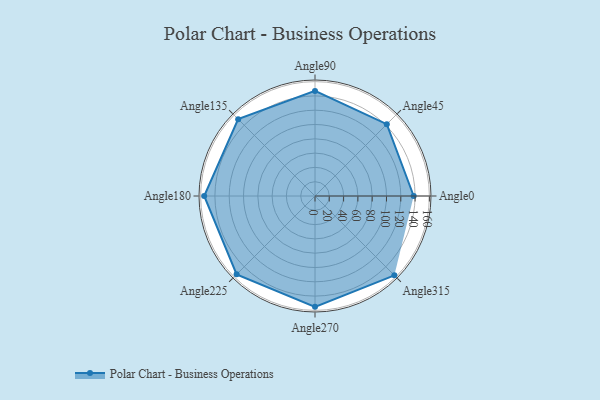
{"axis": {"x": "Angle", "y": "Radius"}, "legend": [""], "data": [{"x": "Angle0", "y": 138.0, "type": ""}, {"x": "Angle45", "y": 142.0, "type": ""}, {"x": "Angle90", "y": 147.0, "type": ""}, {"x": "Angle135", "y": 152.0, "type": ""}, {"x": "Angle180", "y": 155.0, "type": ""}, {"x": "Angle225", "y": 155.0, "type": ""}, {"x": "Angle270", "y": 155.0, "type": ""}, {"x": "Angle315", "y": 157.0, "type": ""}]}